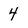
Character: 4